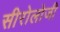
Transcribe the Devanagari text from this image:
सीरोलोजी